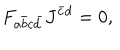
F _ { a \bar { b } c \bar { d } } J ^ { \bar { c } d } = 0 ,